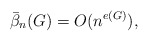
\begin{align*} \bar\beta_n(G)=O(n^{e(G)}), \end{align*}